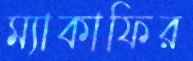
ম্যাকাফির